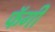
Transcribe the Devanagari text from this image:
फॅगी